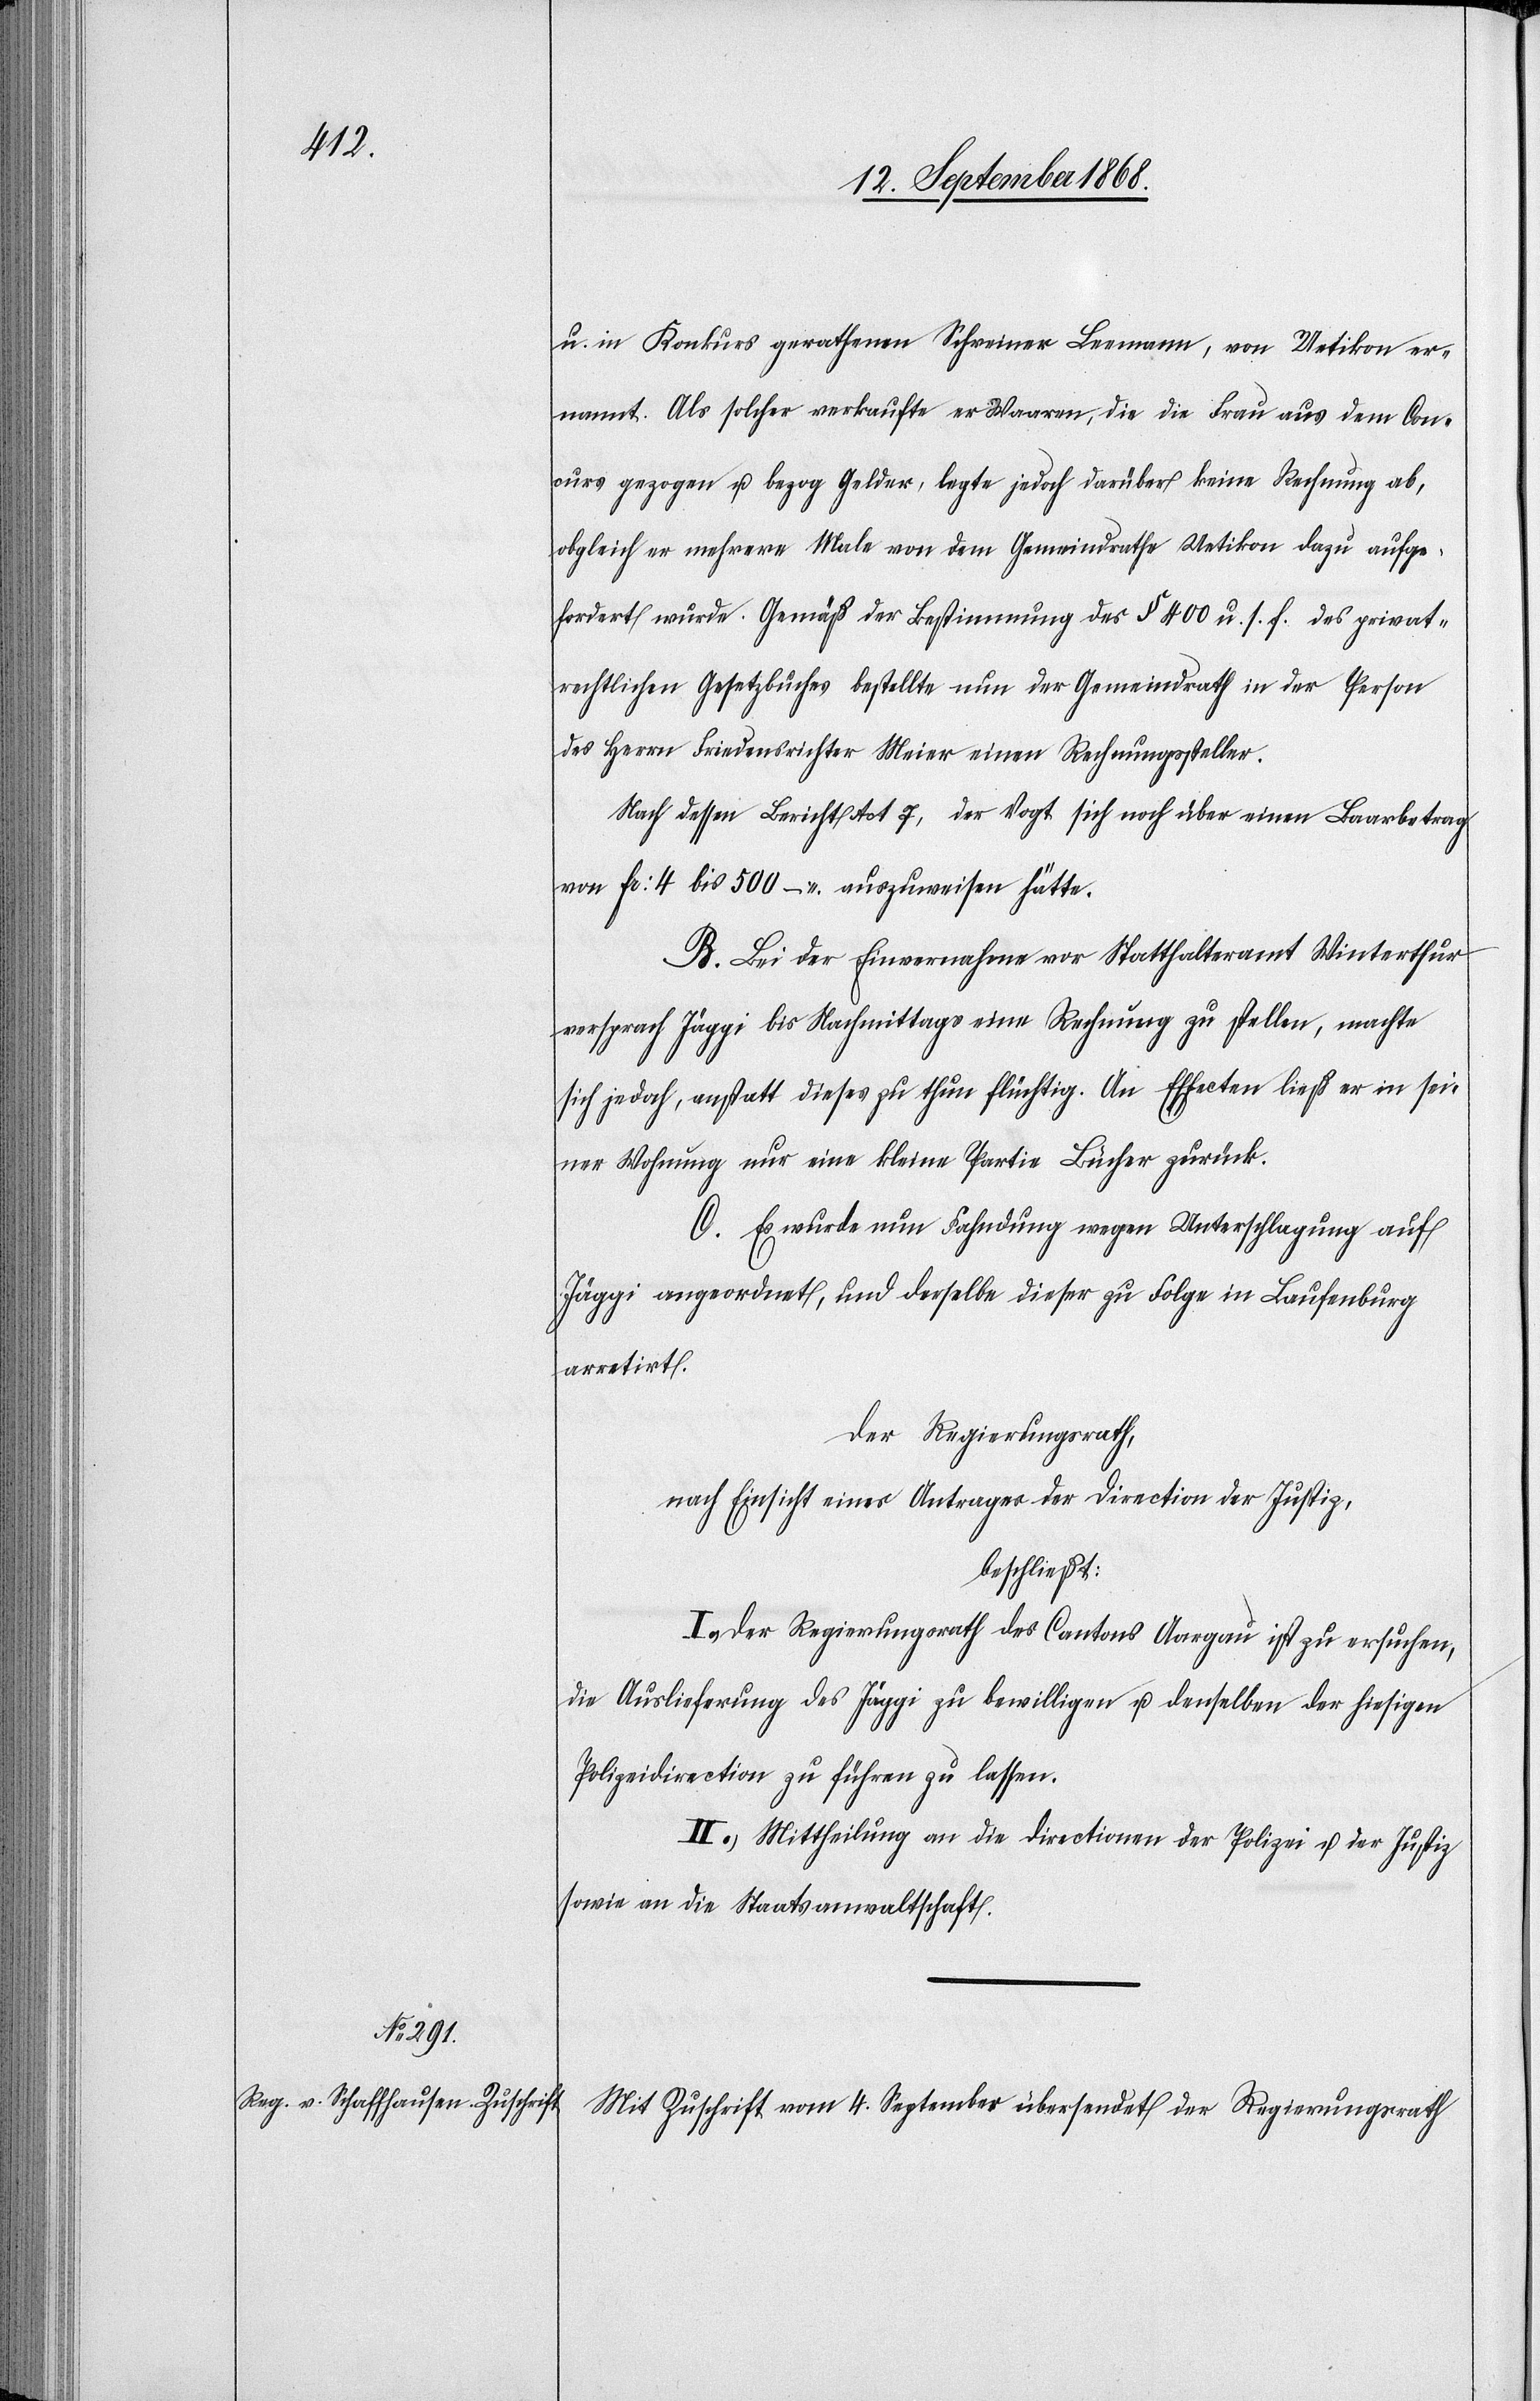
u. in Konkurs gerathenen Schreiner Leemann, von Uetikon er¬
nannt. Als solcher verkaufte er Waaren, die die Frau aus dem Con¬
curs gezogen u. bezog Gelder, legte jedoch darüber keine Rechnung ab,
obgleich er mehrere Male von dem Gemeindrathe Uetikon dazu aufge¬
fordert wurde. Gemäß der Bestimmung des § 400 u. s. f. des privat¬
rechtlichen Gesetzbuches bestellte nun der Gemeindrath in der Person
des Herrn Friedensrichter Meier einen Rechnungssteller.
Nach dessen Bericht Act 7, der Vogt sich noch über einen Baarbetrag
von Fr: 4 bis 500 – auszuweisen hätte.
B. Bei der Einvernahme vor Statthalteramt Winterthur
versprach Jäggi bis Nachmittags eine Rechnung zu stellen, machte
sich jedoch, anstatt dieses zu thun flüchtig. An Effecten ließ er in sei¬
ner Wohnung nur eine kleine Partie Bücher zurück.
C. Es wurde nun Fahndung wegen Unterschlagung auf
Jäggi angeordnet, und derselbe dieser zu Folge in Laufenburg
arretirt.
Der Regierungsrath,
nach Einsicht eines Antrages der Direction der Justiz,
beschließt:
Der Regierungsrath des Cantons Aargau ist zu ersuchen,
die Auslieferung des Jäggi zu bewilligen u. denselben der hiesigen
Polizeidirection zu führen zu lassen.
II.) Mittheilung an die Directionen der Polizei u. der Justiz
sowie an die Staatsanwaltschaft.
Mit Zuschrift vom 4. September übersendet der Regierungsrath